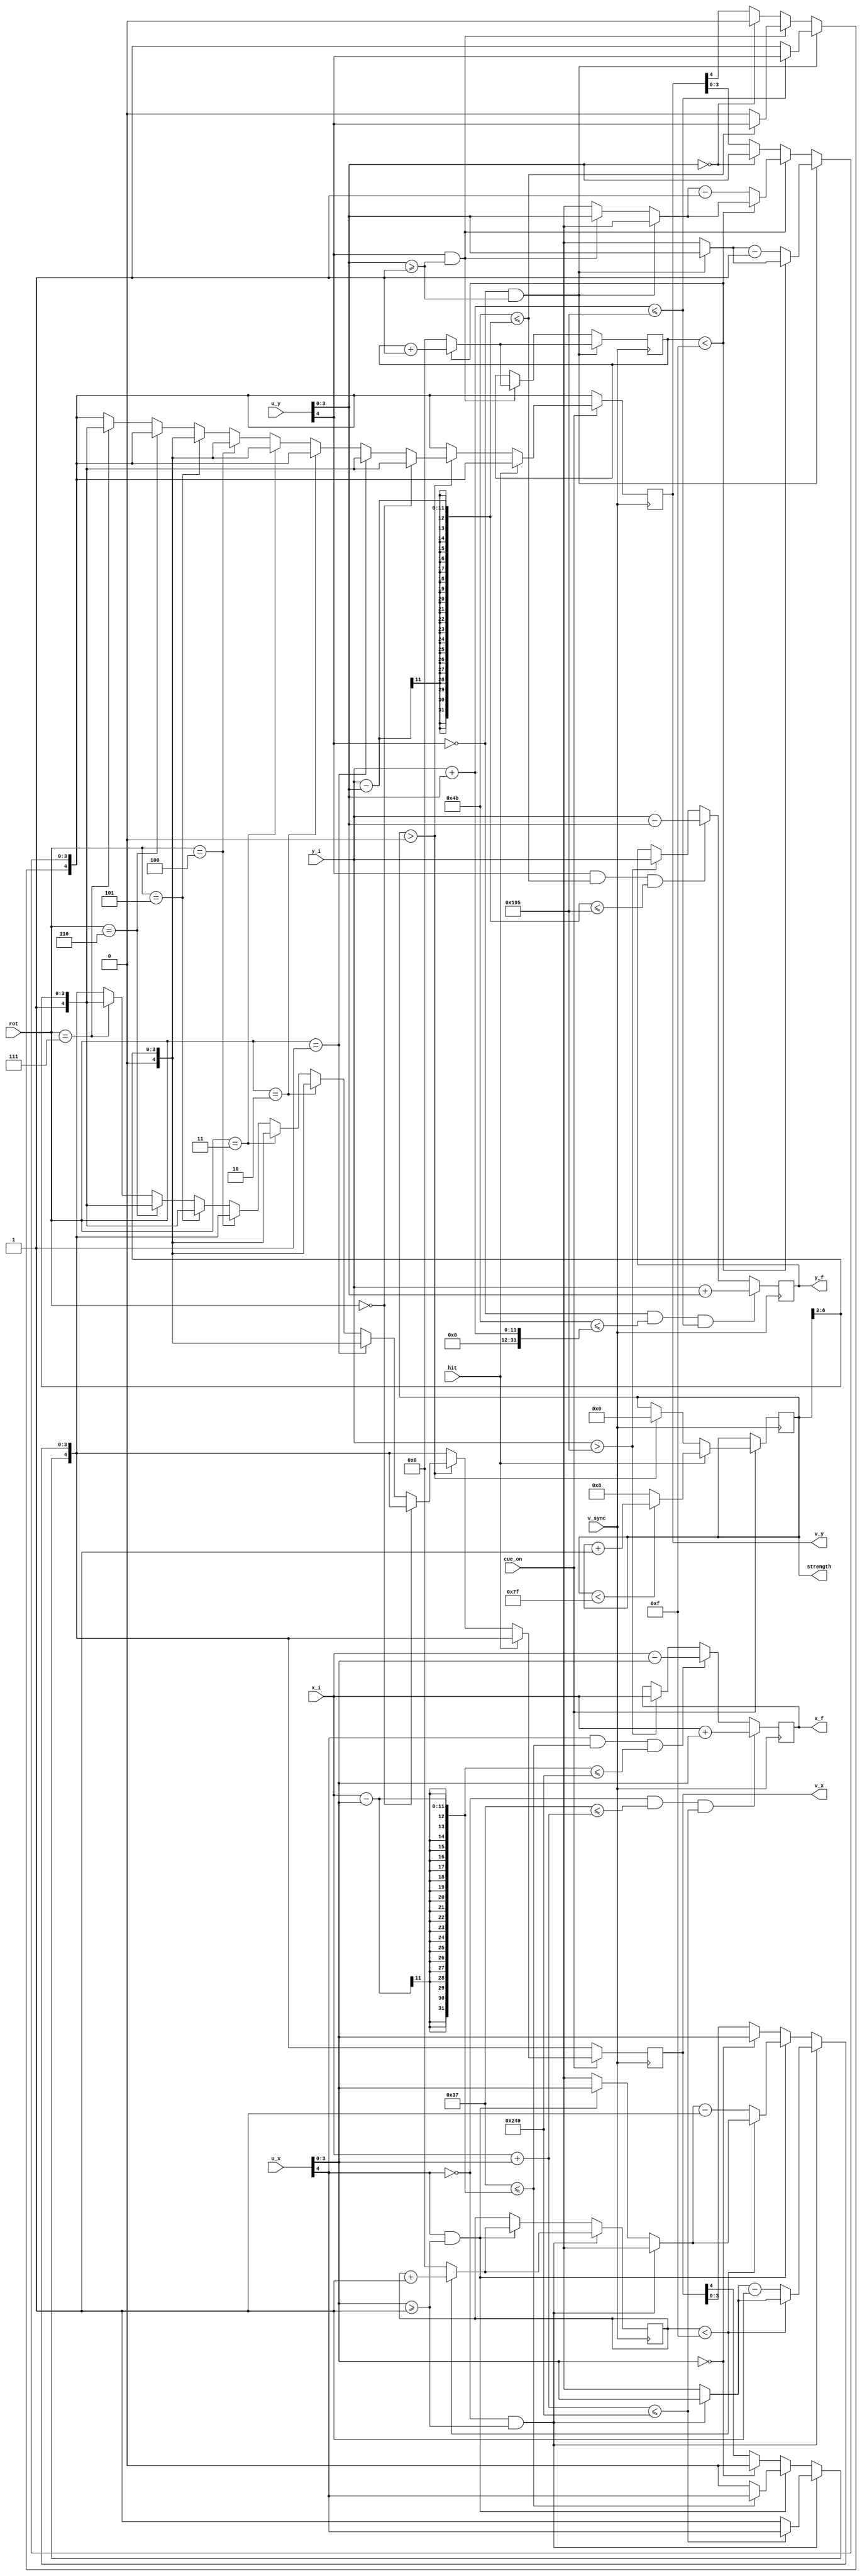
`timescale 1ns / 1ps

module moverModule(
    input v_sync,
    input cue_on,
    input [10:0] x_i,
    input [10:0]  y_i,
    input [4:0] u_x,
    input [4:0] u_y,
    input hit,
    input [2:0] rot,
    output reg [10:0] x_f,
    output reg [10:0] y_f,
    output reg [4:0] v_x,
    output reg [4:0] v_y,
    output reg [6:0] strength
    );
    
//    reg flag = 0;
    localparam MIN_X = 55;
    localparam MAX_X = 585;
    localparam MIN_Y = 75;
    localparam MAX_Y = 405;
    
//    assign cue_on = (v_x[3:0] == 0 && v_y[3:0] == 0);
    
    reg [3:0] counterX;
    reg [3:0] counterY;
//    reg [3:0] strength;
    
    initial
    begin
        counterX = 0;
        counterY = 0;
        strength = 0;
    end
    
//    always @(posedge hit)

//    always @(posedge v_sync)
//        if (counterX == 15)
//            flag = 1;    
    
    always @(posedge v_sync)
    begin
        if (u_x[4] == 0 && MIN_X <= x_i + u_x[3:0] && x_i + u_x[3:0] <= MAX_X)
            x_f <= x_i + u_x[3:0];
            
        else if (u_x[4] == 1 && MIN_X <= x_i - u_x[3:0] && x_i - u_x[3:0] <= MAX_X)
            x_f <= x_i - u_x[3:0];
            
        else if (y_i > MAX_Y)
            x_f <= x_i;
            
                       
                          
        if (u_y[4] == 0 && MIN_Y <= y_i + u_y[3:0] && y_i + u_y[3:0] <= MAX_Y)
            y_f <= y_i + u_y[3:0];
            
        else if (u_y[4] == 1 && MIN_Y <= y_i - u_y[3:0] && y_i - u_y[3:0] <= MAX_Y)
            y_f <= y_i - u_y[3:0];
            
        else if (y_i > MAX_Y)
            y_f <= y_i;
            
        
        if (u_x[4] == 0 && u_x[3:0] >= 1) 
        begin
            if (x_i + u_x[3:0] <= MAX_X)
                v_x = u_x;
                
            else
            begin
                v_x[4] = 1;
                v_x[3:0] = u_x[3:0];
            end
            
            if (counterX < 15) 
                counterX = counterX + 1;
            else
            begin
                counterX = 0;
                v_x[3:0] = v_x[3:0] - 1;
            end
            
//            if (u_x[3:0] < 15)
//                v_x[3:0] = u_x[3:0] + 1;
//            else
//                v_x[3:0] = 1;
                
        end   
        
        else if (u_x[4] == 1 && u_x[3:0] >= 1)
        begin
            if (MIN_X <= x_i - u_x[3:0])
                v_x = u_x;
                
            else 
            begin
                v_x[4] = 0;
                v_x[3:0] = u_x[3:0];
            end
            
            if (counterX < 15) 
                counterX = counterX + 1;
            else
            begin
                counterX = 0;
                v_x[3:0] = v_x[3:0] - 1;
            end
            
//            if (u_x[3:0] < 15)
//                v_x[3:0] = u_x[3:0] + 1;
//            else
//                v_x[3:0] = 1;
                
        end
        
        else if (u_x[3:0] == 0) // not having this makes it glitch
        begin
            v_x[4] = 0;
            v_x[3:0] = u_x[3:0];
        end
            
            
        if (u_y[4] == 0 && u_y[3:0] >= 1) 
        begin
            if (y_i + u_y[3:0] <= MAX_Y)
                v_y = u_y;
                
            else
            begin
                v_y[4] = 1;
                v_y[3:0] = u_y[3:0];
            end
            
            if (counterY < 15) 
                counterY = counterY + 1;
            else
            begin
                counterY = 0;
                v_y[3:0] = v_y[3:0] - 1;
            end
            
//            if (u_y[3:0] < 15)
//                v_y[3:0] = u_y[3:0] + 1;
//            else
//                v_y[3:0] = 1;
                
        end   
        
        else if (u_y[4] == 1 && u_y[3:0] >= 1)
        begin
            if (MIN_Y <= y_i - u_y[3:0])
                v_y = u_y;
                
            else 
            begin
                v_y[4] = 0;
                v_y[3:0] = u_y[3:0];
            end
            
            if (counterY < 15) 
                counterY = counterY + 1;
            else
            begin
                counterY = 0;
                v_y[3:0] = v_y[3:0] - 1;
            end
            
//            if (u_y[3:0] < 15)
//                v_y[3:0] = u_y[3:0] + 1;
//            else
//                v_y[3:0] = 1;
                
        end
        
        
        else if (u_y[3:0] == 0) // not having this makes it glitch
        begin
            v_y[4] = 0;
            v_y[3:0] = u_y[3:0];
        end
        if (cue_on)
        begin
            if (hit)
                begin 
                if (strength < 127)
                    strength = strength + 1;
                else
                    strength = 8;
                end
            else if (strength > 0)
            begin         
                if (rot == 0)
                    v_y = {1'b1, strength[6:3]};
                else if (rot == 1)
                    {v_x, v_y} = {1'b0, strength[6:3], 1'b1, strength[6:3]};
                else if (rot == 2)
                    v_x = {1'b0, strength[6:3]};
                else if (rot == 3)
                    {v_x, v_y} = {1'b0, strength[6:3], 1'b0, strength[6:3]};
                else if (rot == 4)
                    v_y = {1'b0, strength[6:3]};
                else if (rot == 5)
                    {v_x, v_y} = {1'b1, strength[6:3], 1'b0, strength[6:3]};
                else if (rot == 6)
                    v_x = {1'b1, strength[6:3]};
                else if (rot == 7)
                    {v_x, v_y} = {1'b1, strength[6:3], 1'b1, strength[6:3]};
                strength = 0;
            end
        end
//            v_x[3:0] = 15;
//            v_y[3:0] = 15;
        
       
        
//        if (v_x[3:0] < 15)
//                v_x = v_x + 1;
//             else
//                v_x = 1;
                 
//       if (v_y[3:0] < 15)
//                v_y = v_y + 1;
//             else
//                v_y = 1; 
  
 
    end
//    begin 
//        if (u_x[4] == 0)
//        begin
//            if (MIN_X <= x_i + u_x[3:0] && x_i + u_x[3:0] <= MAX_X)
//                x_f = x_i + u_x[3:0];
//            else
////                x_f = x_i - u_x[3:0];
//                x_f = 300;
//        end
//        else if (u_x[4] == 1)
//        begin
//            if (MIN_X <= x_i - u_x[3:0] && x_i - u_x[3:0] <= MAX_X)
//                x_f = x_i - u_x[3:0];
//            else 
////                x_f = x_i + u_x[3:0];
//                x_f = 300;
//        end
                          
//        if (u_y[4] == 0)
//        begin
//            if (MIN_Y <= y_i + u_y[3:0] && y_i + u_y[3:0] <= MAX_Y)
//                y_f = y_i + u_y[3:0];
//            else
////                y_f = y_i - u_y[3:0];
//                y_f = 200;
//        end
//        else if (u_y[4] == 1)
//        begin
//            if (MIN_Y <= y_i - u_y[3:0] && y_i - u_y[3:0] <= MAX_Y)
//                y_f = y_i - u_y[3:0];
//            else 
////                y_f = y_i + u_y[3:0];
//                y_f = 200;
//        end
        
//        if (u_x[4] == 0 && u_x[3:0] != 0) 
//        begin
//            if (x_i + u_x[3:0] <= MAX_X) // don't need to check if greater than MIN_X because it should never be the case when velocity is positive
////                v_x <= u_x - 1;
//                v_x = u_x;
//            else
//                begin
////                v_x <= (-1*u_x) + 1;
//                    v_x[4] = 1;
//                    v_x[3:0] = u_x[3:0];
//                end
//        end   
//        else if (u_x[4] == 1 && u_x[3:0] != 0)
//        begin
//            if (MIN_X <= x_i - u_x[3:0])
////                v_x <= u_x + 1;
//                v_x = u_x;
//            else 
//            begin
////                v_x <= (-1*u_x) - 1;
//                    v_x[4] = 0;
//                    v_x[3:0] = u_x[3:0];
//            end
//        end
//        else
//            v_x = 1;
            
//        if (u_y[4] == 0 && u_y[3:0] != 0) 
//        begin
//            if (y_i + u_y[3:0] <= MAX_Y) // don't need to check if greater than MIN_X because it should never be the case when velocity is positive
////                v_y <= u_y - 1;
//                v_y = u_y;
//            else
//                begin
////                v_y <= (-1*u_y) + 1;
//                    v_y[4] = 1;
//                    v_y[3:0] = u_y[3:0];
//                end
//        end   
//        else if (u_y[4] == 1 && u_y[3:0] != 0)
//        begin
//            if (MIN_Y <= y_i - u_y[3:0])
////                v_y <= u_y + 1;
//                v_y = u_y;
//            else 
//            begin
////                v_y <= (-1*u_y) - 1;
//                    v_y[4] = 0;
//                    v_y[3:0] = u_y[3:0];
//            end
//        end
//        else
//            v_y = 1;
        
//    end
    
endmodule